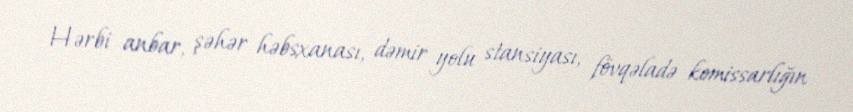
Hərbi anbar, şəhər həbsxanası, dəmir yolu stansiyası, fövqəladə komissarlığın